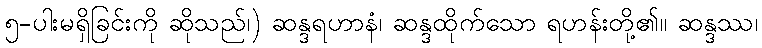
၅-ပါးမရှိခြင်းကို ဆိုသည်၊) ဆန္ဒရဟာနံ၊ ဆန္ဒထိုက်သော ရဟန်းတို့၏။ ဆန္ဒဿ၊